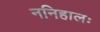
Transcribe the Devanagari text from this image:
ननिहालः